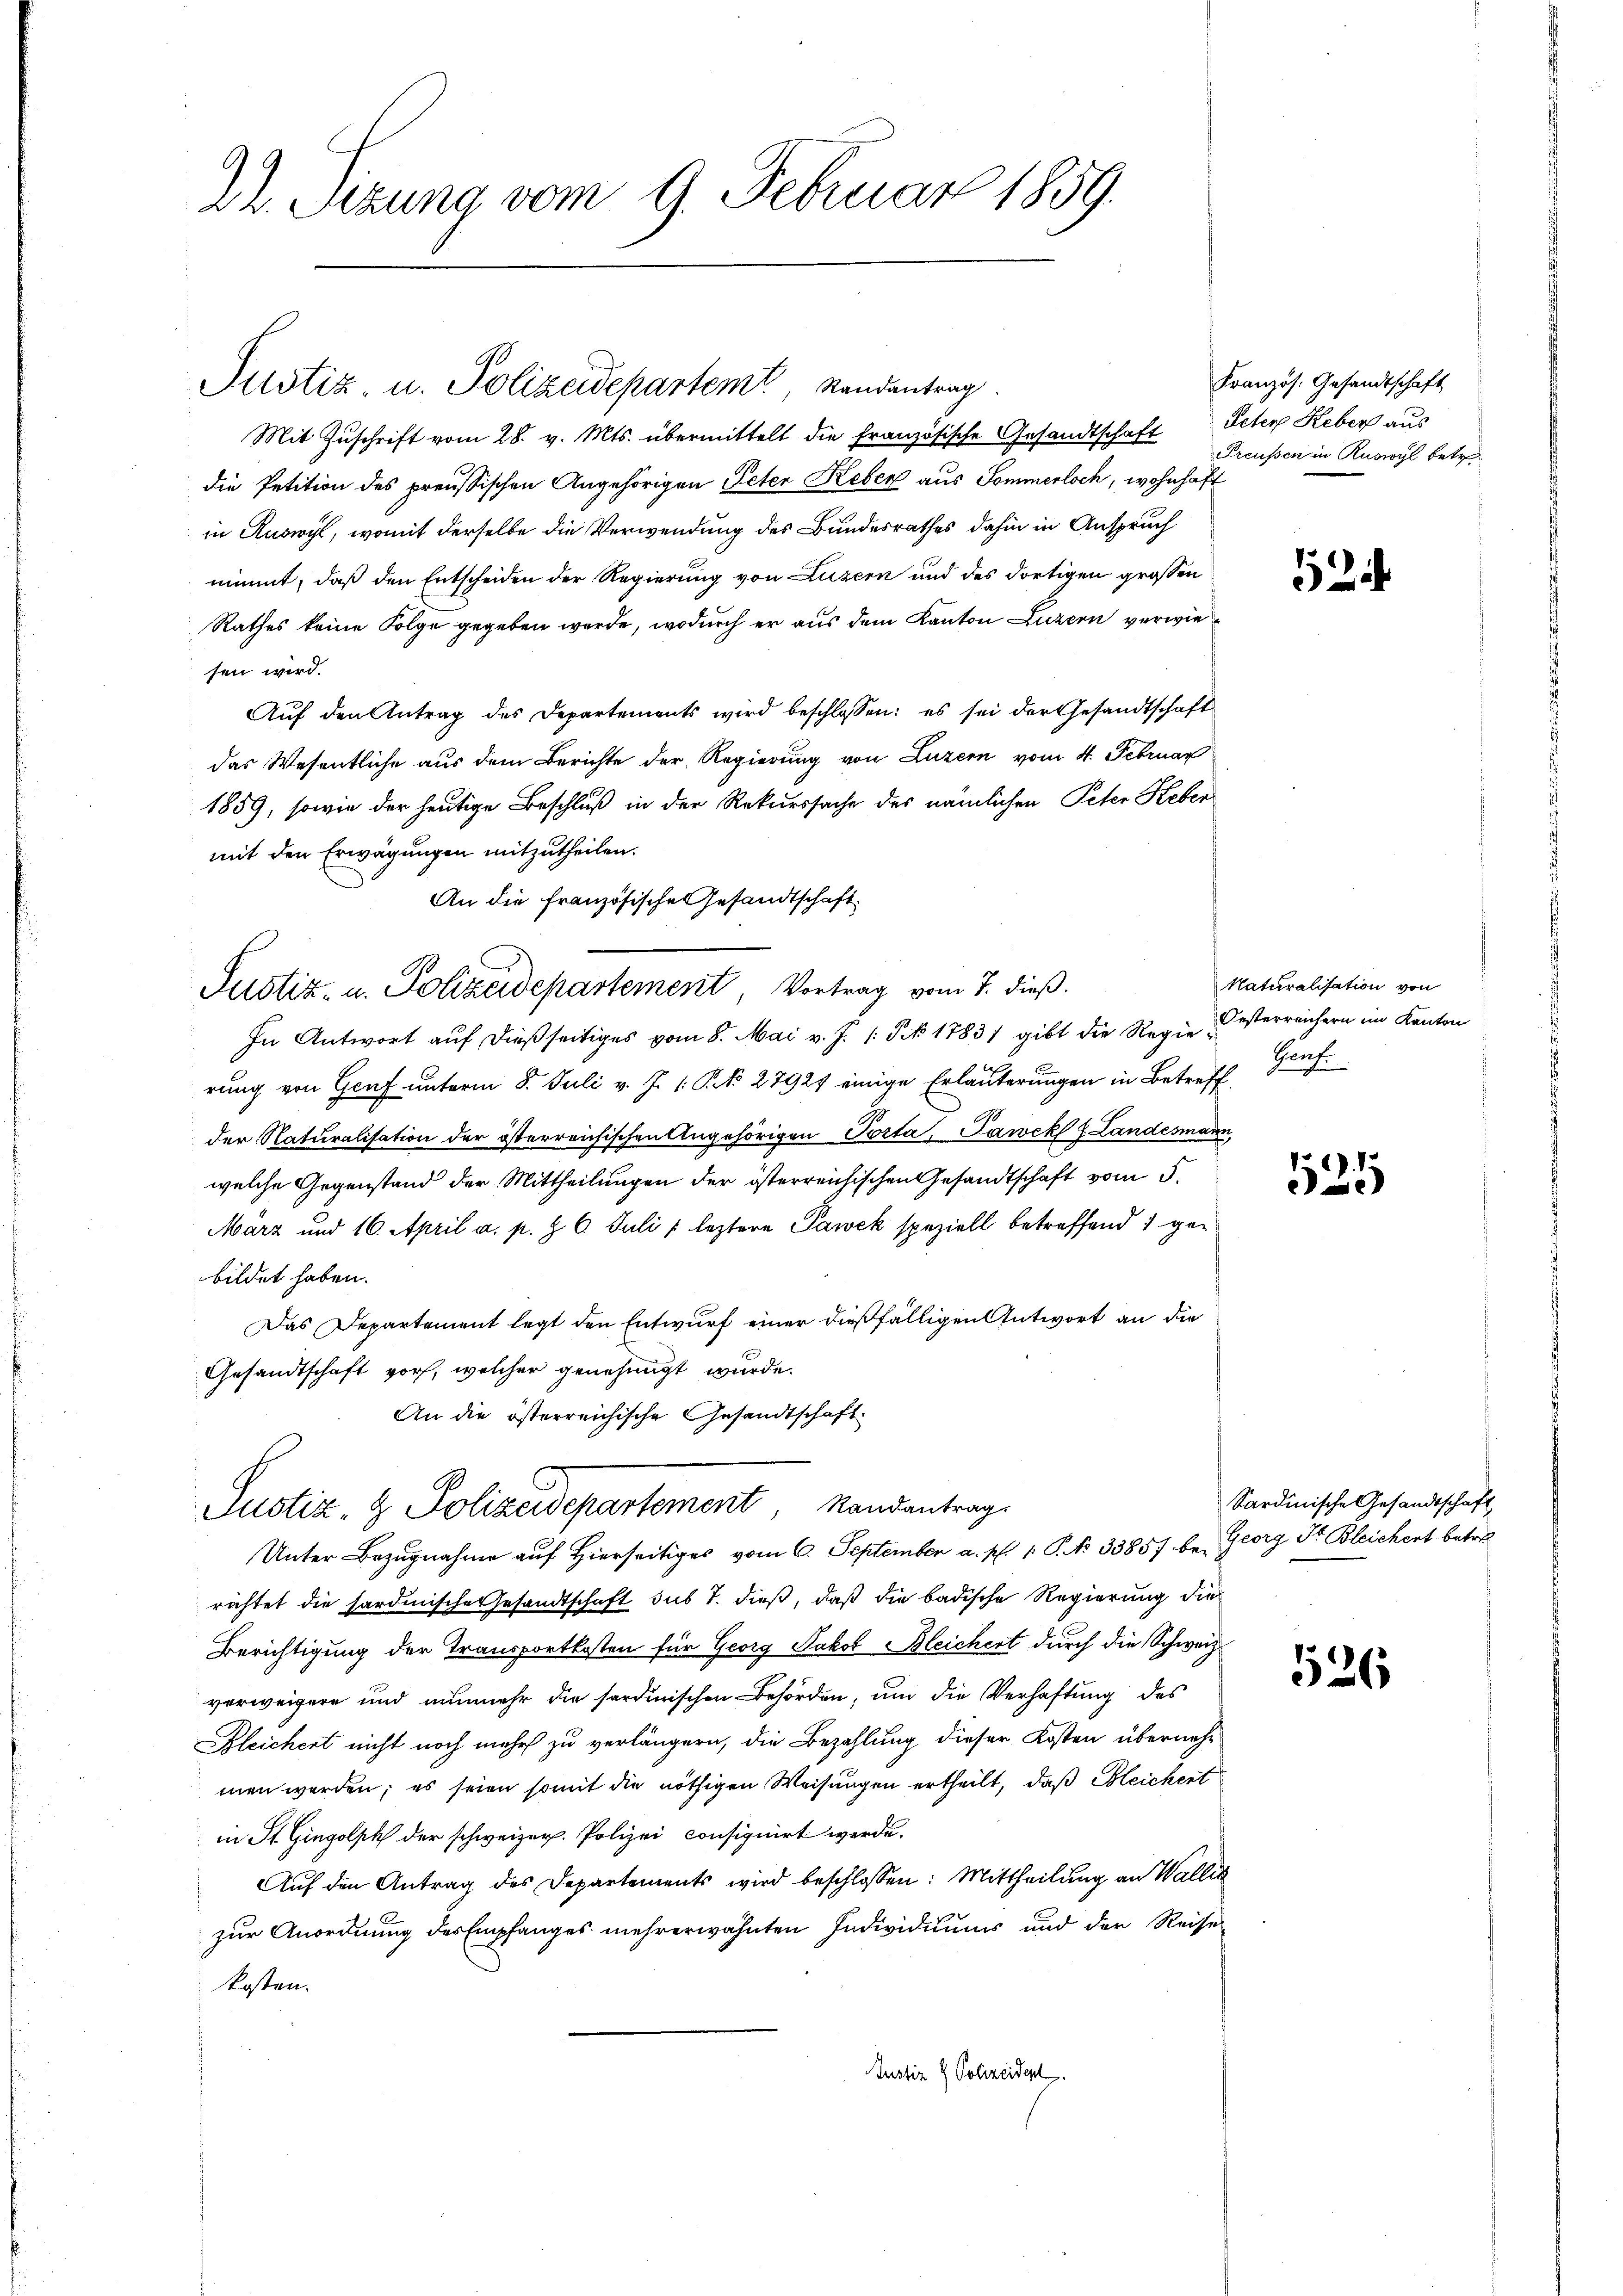
22. Sitzung vom 9. Februar 1859.

Mit Zuschrift vom 28. v. Mts. übermittelt die französische Gesandtschaft Peter Leber aus
die Petition des preussischen Angehörigen Peter Keber aus Sommerloch, wohnhaft
in Ruswyl, womit derselbe die Verwendung des Bundesrathes dahin in Anspruch
nimmt, daß den Entscheiden der Regierung von Luzern und des dortigen grossen
Rathes keine Folge gegeben werde, wodurch er aus dem Kanton Luzern verwie
sen wird.
Aŭf den Antrag des Departements wird beschlossen: es sei der Gesandtschaft
das Wesentliche aus dem Berichte der Regierung von Luzern vom 4. Februar
1859, sowie der heutige Beschluß in der Rekurssache des nämlichen Peter Keben
mit den Erwägungen mitzutheilen.
An die französische Gesandtschaft

Justiz- u. Polizeidepartement, Vortrag vom 7. dieß.

Justiz u. Polizeidepartem Randantrag

Justiz & Polizeidepartement Mandantrag

In Antwort auf dießseitiges vom 8. Mai v. J. 1 S. 1783 gibt die Regierung von Graf unterm 8. Juli v. J. 1 Pk 27927 einige Erläuterungen in Betreff
der Naturalisation der österreichischen Angehörigen Porta, Pawek f Landesman
welche Gegenstand der Mittheilungen der österreichischen Gesandtschaft vom 5.
März und 16. April a. p. § 6. Juli / leztere Pawek speziell betreffend 1 gebildet haben.
Das Departement legt den Entwurf einer dießfälligen Antwort an die
Gesandtschaft vor, welcher genehmigt wurde.
An die österreichische Gesandtschaft.
Unter Bezugnahme auf Hierseitiges vom 6. September a. p. 1. P. No 33857 be- Georg Fr. Bleichert betre
richtet die sardinische Gesandtschaft sus 7. dieß, daß die badische Regierung die
Berichtigung der Transportkosten für Georg Jakob Bleichert durch die Schweiz
verweigere und nunmehr die sardinischen Behörden, um die Verhaftung des
Bleichert nicht noch mehr zu verlängern, die Bezahlung dieser Kosten übernehmen werden; es seien somit die nöthigen Weisungen ertheilt, daß Bleichert
in St. Gingolph der schweizer. Polizei consignirt werde.
Auf den Antrag des Departements wird beschlossen: Mittheilung an Walle
zur Anordnung des Empfanges mehrerwähnten Individuums und der Reise
kosten.
Justiz & Polizeident.

Französ. Gesandtschaft
Preußen in Ruswyl betr

152.

Naturalisation von
Oesterreichern im Kanton
Gen
ch

529

Sardinische Gesandtschaft

1526